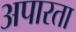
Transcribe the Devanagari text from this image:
अपारता